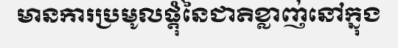
មានការប្រមូលផ្តុំនៃជាតិខ្លាញ់នៅក្នុង